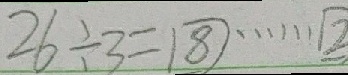
2 6 \div 3 = 8 \cdots 2